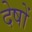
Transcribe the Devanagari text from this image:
देषों